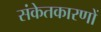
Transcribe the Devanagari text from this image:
संकेतकारणों